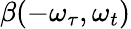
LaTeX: \beta(-\omega_{\tau},\omega_{t})